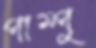
পাম্পু